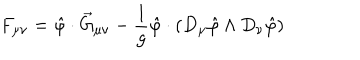
LaTeX: F _ { \mu \nu } = \hat { \varphi } \cdot \vec { G } _ { \mu \nu } - \frac { 1 } { g } \hat { \varphi } \cdot \left( D _ { \mu } \hat { \varphi } \wedge D _ { \nu } \hat { \varphi } \right)